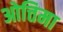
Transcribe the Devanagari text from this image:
ओत्तिमा